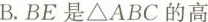
B.BE是△ABC的高